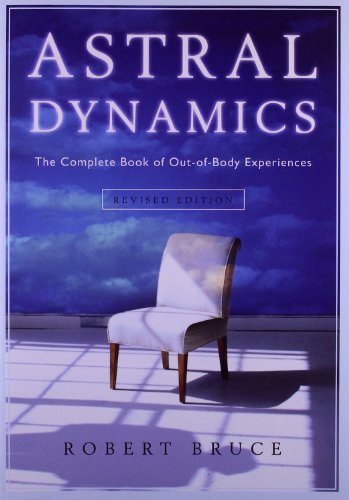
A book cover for Astral Dynamics: The Complete Book of Out-of-Body Experiences; Robert Bruce; Religion & Spirituality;